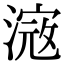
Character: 𣻎